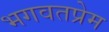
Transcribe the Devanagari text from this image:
भगवतप्रेम